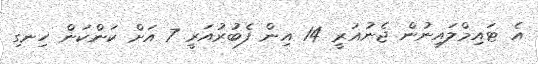
އެ ޓައިމްލައިނުން ޖެނުއަރީ 14 އިން ފެބުރުއަރީ 7 އަށް ކަންކަން ހިނގި